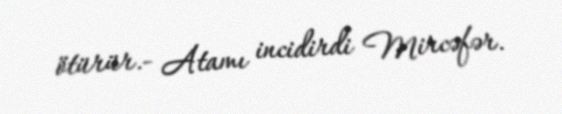
ötürür.- Atamı incidirdi Mircəfər.